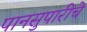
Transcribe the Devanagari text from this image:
पानसुपारीचे